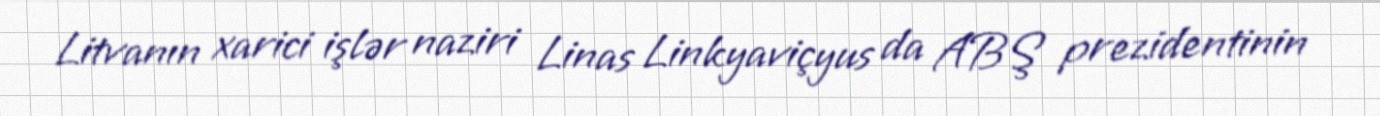
Litvanın xarici işlər naziri Linas Linkyaviçyus da ABŞ prezidentinin